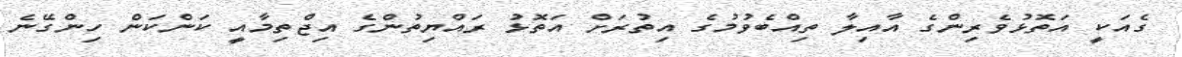
ގެއަކީ އަތޮޅުވެރިންގެ އާއިލާ ތިއްބެވުމުގެ އިތުރަށް އަތޮޅު ރައްޔިތުންގެ އިޖްތިމާއީ ކަންކަން ހިންގޭނެ